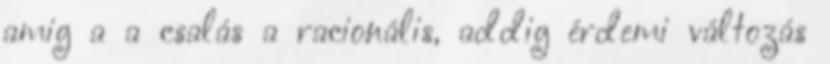
amig a a csalás a racionális, addig érdemi változás